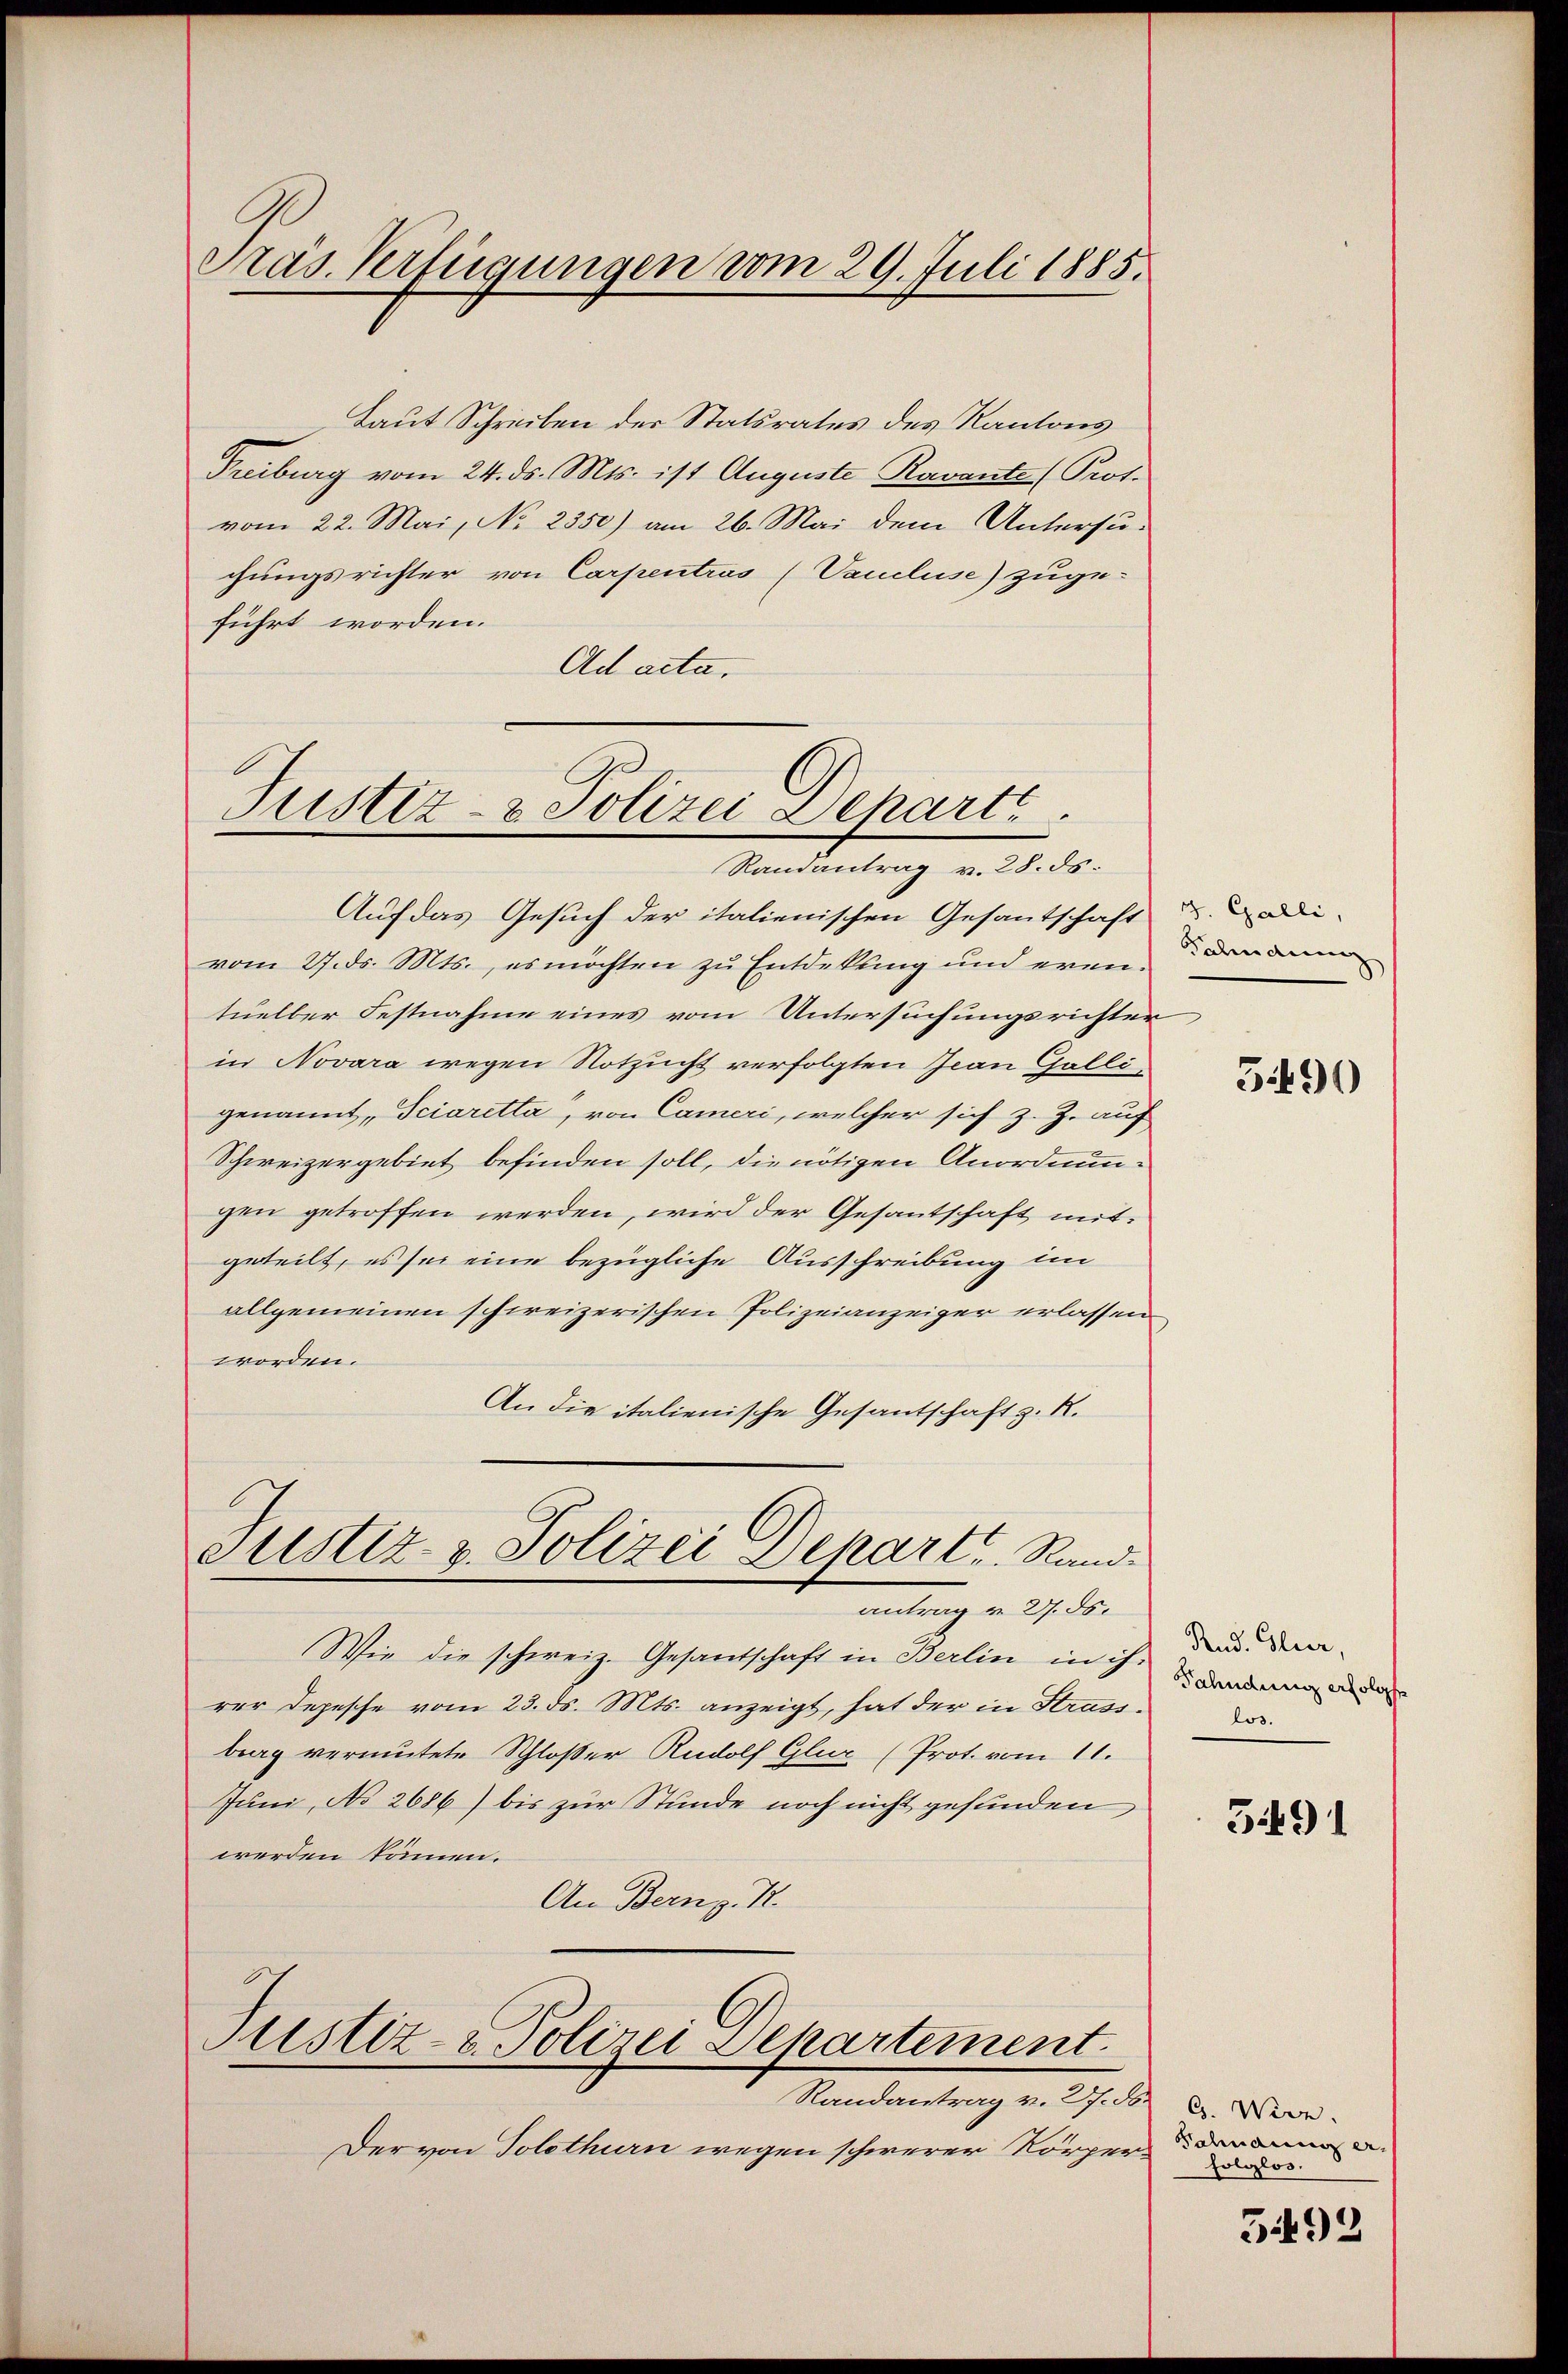
Pras. Verfügungen vom 29. Juli 1885.

Laut Schreiben der Statsrates des Kantons
Freiburg vom 24. ds. Mts. ist Auguste Ravante (Prot.
vom 22. Mai, No 2350) am 26. Mai dem Untersu-
chungsrichter von Carpentras (Vaucluse) zuge-
führt worden.
Ad acta.

Justiz- & Polizei Departe
Randantrag v. 28. ds.

Auf das Gesuch der italienischen Gesantschaft u. di
vom 27. ds. Mts., es möchten zu Entdekung und eventueller Festnahme eines vom Untersuchungsrichter
in Novara wegen Notzucht verfolgten Jean Galligenannt,Sciaretta, von Cameri, welcher sich z. Z. auf
Schweizergebiet befinden soll, die nötigen Anordnungen getroffen werden, wird der Gesantschaft mitgeteilt, es sei eine bezügliche Ausschreibung im
allgemeinen schweizerischen Polizeianzeiger erlassen
worden.
An die italienische Gesantschaft z. K.

Justiz- & Polizei Depart. Rand.
antrag u. 27. 55.

Wie die schweiz. Gesandschaft in Berlin in ihr daran
rer Depesche vom 23. ds. Mts. anzeigt, hat der in Strass
brag vermutete Schloßer Rudolf Glur (Prot. vom 11.
Juni, No 2686) bis zur Stunde noch nicht gefunden
werden können.
An Bern z. B.

Justiz- u. Polizei Departement.

Der von Solothurn wegen schwerer Körper-

Randantrag v. 27. N. 2. Verr.

Fahndung

5490

Rud. Glier,

5491

Bahmann er
folglos,

5492